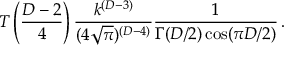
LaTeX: T \left( { \frac { D - 2 } { 4 } } \right) { \frac { k ^ { ( D - 3 ) } } { ( 4 \sqrt { \pi } ) ^ { ( D - 4 ) } } } { \frac { 1 } { \Gamma ( D / 2 ) \cos ( \pi D / 2 ) } } \, .